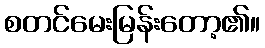
စတင်မေးမြန်းတော့၏။